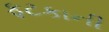
ફટકાની